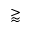
\gtrapprox